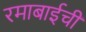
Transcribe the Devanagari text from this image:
रमाबाईची